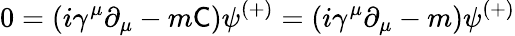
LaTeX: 0=(i\gamma^{\mu}\partial_{\mu}-m{\mathsf{C}})\psi^{(+)}=(i\gamma^{\mu}\partial_{\mu}-m)\psi^{(+)}